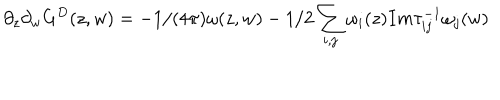
\partial _ { z } \partial _ { w } G ^ { D } ( z , w ) = - 1 / ( 4 \pi ) \omega ( z , w ) - 1 / 2 \sum _ { i , j } \omega _ { i } ( z ) I m \tau _ { i j } ^ { - 1 } \omega _ { j } ( w )